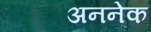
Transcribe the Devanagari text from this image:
अननेक